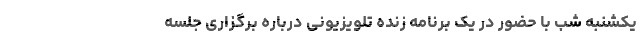
یکشنبه شب با حضور در یک برنامه زنده تلویزیونی درباره برگزاری جلسه